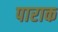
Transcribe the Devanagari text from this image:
पाराक